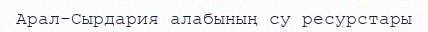
Арал-Сырдария алабының су ресурстары